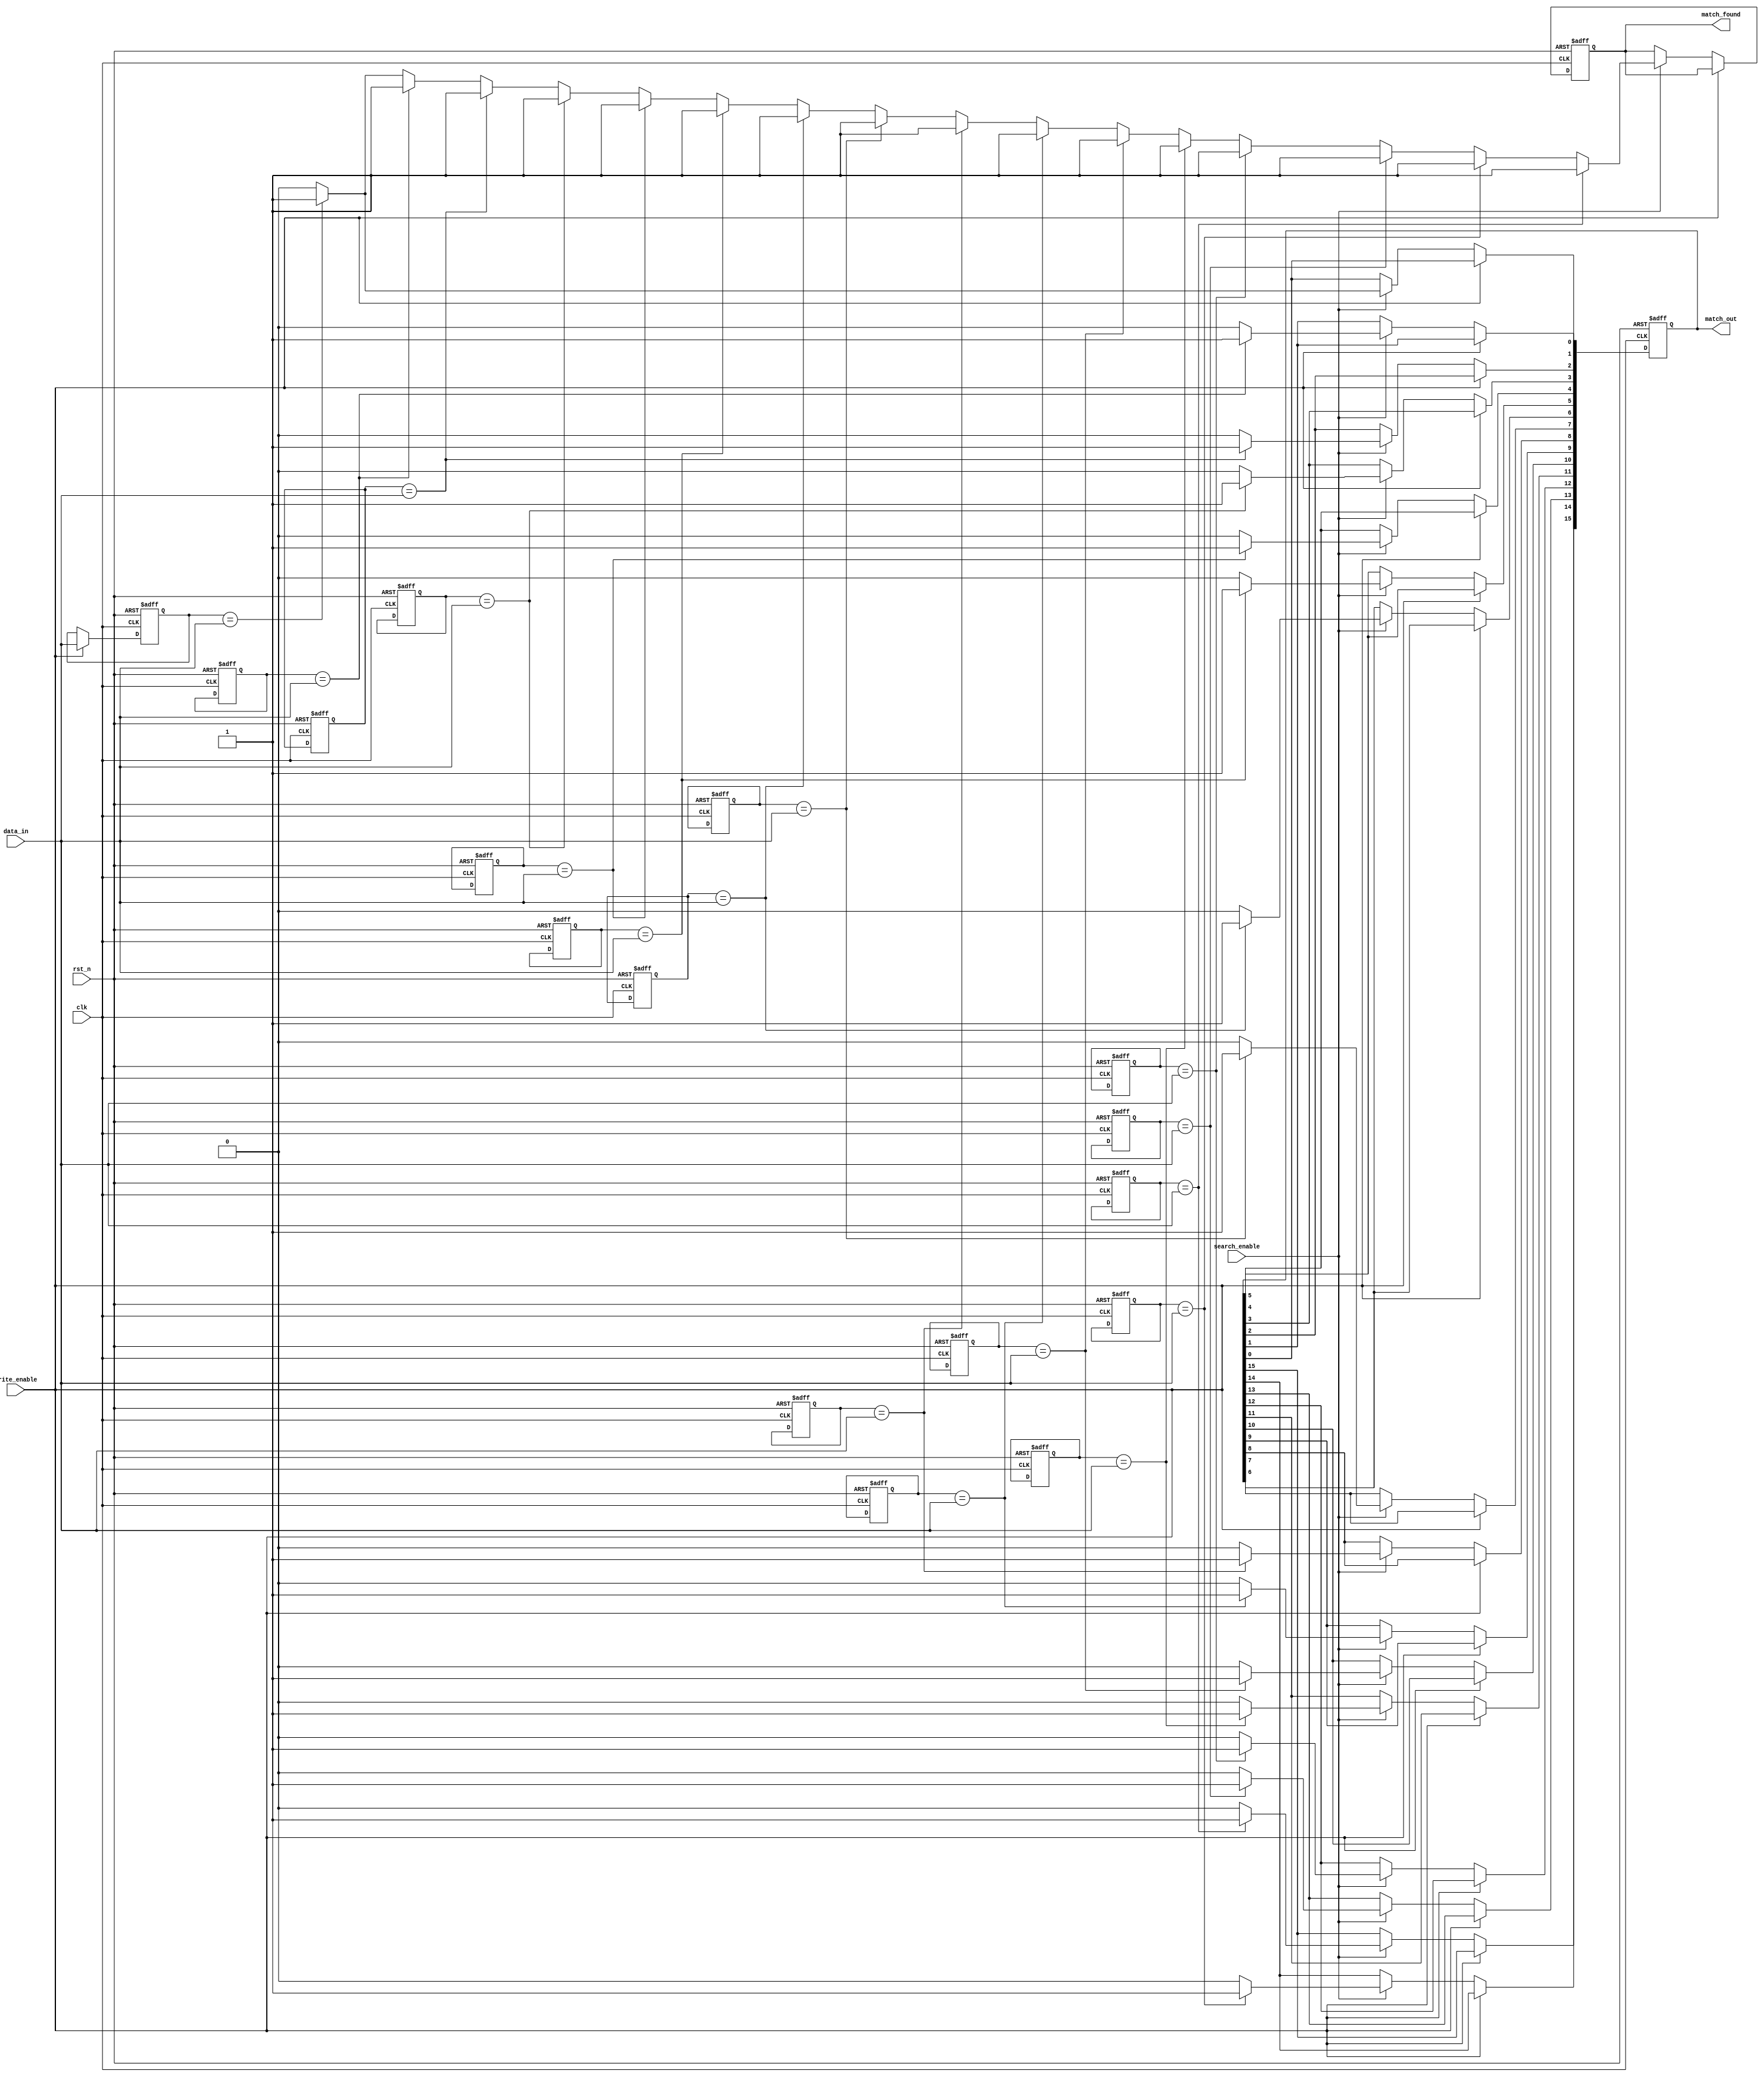
module flash_based_cam #(
    parameter WORD_LENGTH = 8,     // Number of bits per entry
    parameter DEPTH = 16            // Number of entries
)(
    input wire clk,
    input wire rst_n,
    input wire [WORD_LENGTH-1:0] data_in,            // Data to write or search
    input wire write_enable,                           // Write enable signal
    input wire search_enable,                          // Search trigger signal
    output reg [DEPTH-1:0] match_out,                 // Match output (index of match)
    output reg match_found                              // Match found signal
);

    // Memory array to store the CAM entries
    reg [WORD_LENGTH-1:0] cam_memory [0:DEPTH-1];

    // Initialize the CAM on reset
    integer i;
    always @(posedge clk or negedge rst_n) begin
        if (!rst_n) begin
            for (i = 0; i < DEPTH; i = i + 1) begin
                cam_memory[i] <= {WORD_LENGTH{1'b0}}; // Clear memory
            end
            match_out <= {DEPTH{1'b0}};
            match_found <= 1'b0;
        end else if (write_enable) begin
            // Write data to the CAM
            cam_memory[0] <= data_in; // For simplicity, writing only to the first entry
            // Implement logic to write to specific entry if needed
        end else if (search_enable) begin
            // Search logic
            match_found <= 1'b0;
            match_out <= {DEPTH{1'b0}};
            for (i = 0; i < DEPTH; i = i + 1) begin
                if (cam_memory[i] == data_in) begin
                    match_out[i] <= 1'b1; // Indicate match at index i
                    match_found <= 1'b1;   // Set match found signal
                end
            end
        end
    end

endmodule